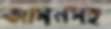
আসনসহ